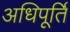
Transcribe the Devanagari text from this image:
अधिपूर्ति